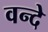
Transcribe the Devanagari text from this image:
वन्‍दे